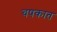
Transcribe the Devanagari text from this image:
चषकात